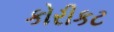
કોરીકટ